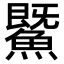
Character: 鱀